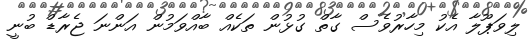
ލިވަޕޫލާ އެކު މިހާރުވެސް ގާތް ގުޅުން ތަކެއް ބާއްވަމުން އަންނަ ޖެރާޑް ބުނީ